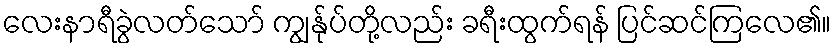
လေးနာရီခွဲလတ်သော် ကျွန်ုပ်တို့လည်း ခရီးထွက်ရန် ပြင်ဆင်ကြလေ၏။